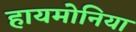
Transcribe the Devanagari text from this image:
हायमोनिया